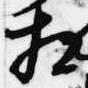
相